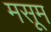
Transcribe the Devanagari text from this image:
मसूम